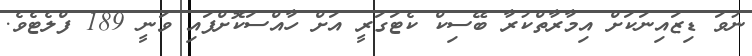
ނުވަ ޑިޒައިނަކަށް އިމާރާތްކުރާ ބޭސިކް ކެޓަގަރީ އަށް ހާއްސަކޮށްފައި ވަނީ 189 ފްލެޓެވެ.